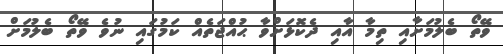
ވޭތޯ ބެލުމަށާއި ތިމާ އާއި ދެކޮޅަށްވާ ޙުއްޖަތެއް ކަމުގައި ނުވެ ވޭތޯ ބެލުމަށް